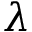
\lambda